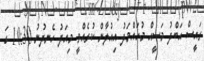
ރައީސް އަބްދު މަސީޙް މުހައްމަދު އިއުލާން ކުރެއްވީ މިއަދު ހެނދުނު 10:30 ގަ